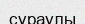
сұраулы